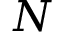
N